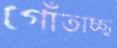
গোঁতাচ্ছ